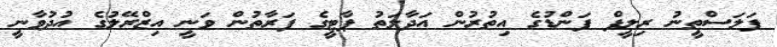
ފަލަސްތީނު ރިލީފް ފަންޑުގެ އިތުރުން އަދާލަތު ޕާޓީގެ ފަރާތުން ވަނީ އިޒްރޭލުގެ އުދުވާނީ